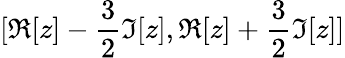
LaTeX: [\Re[z]-\frac{3}{2}\Im[z],\Re[z]+\frac{3}{2}\Im[z]]